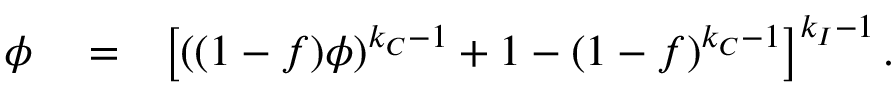
\begin{array} { r l r } { \phi } & { { } = } & { \left[ ( ( 1 - f ) \phi ) ^ { k _ { C } - 1 } + 1 - ( 1 - f ) ^ { k _ { C } - 1 } \right] ^ { k _ { I } - 1 } . } \end{array}